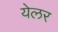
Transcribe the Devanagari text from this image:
येलर